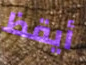
أيقظ